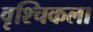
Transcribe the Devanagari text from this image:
वृश्‍चिकला